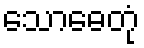
သောဓေတုံ